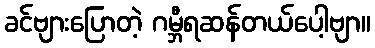
ခင်ဗျားပြောတဲ့ ဂမ္ဘီရဆန်တယ်ပေါ့ဗျာ။